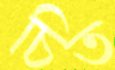
চিত